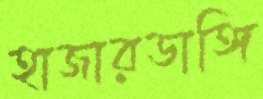
হাজারডাঙ্গি